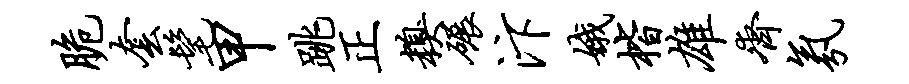
脆套髦甲跳正糗碾汴娥楷雄齐氛